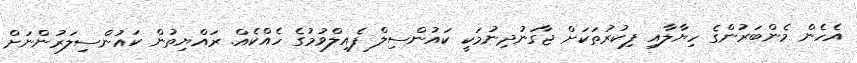
އެހެން މެންބަރުންގެ ހިޔާލާއި ފިކުރުތަކަށް ޖާގަނުދިނުމަކީ ކައުންސިލް ފެއިލްވުމުގެ ހެއްކެއް. ރައްޔިތުން ކައުންސިލަރުންނަށް